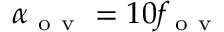
\alpha _ { \mathrm { ~ o ~ v ~ } } = 1 0 f _ { \mathrm { ~ o ~ v ~ } }